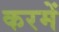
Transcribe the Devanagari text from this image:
करमें